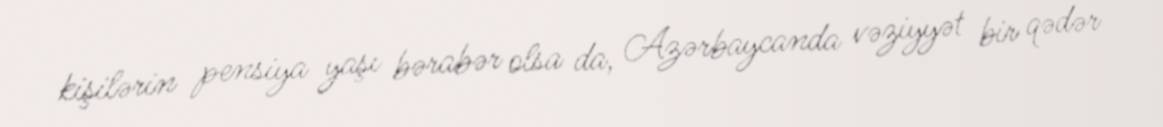
kişilərin pensiya yaşı bərabər olsa da, Azərbaycanda vəziyyət bir qədər